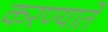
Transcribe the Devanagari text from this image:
करण्याते